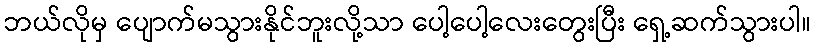
ဘယ်လိုမှ ပျောက်မသွားနိုင်ဘူးလို့သာ ပေါ့ပေါ့လေးတွေးပြီး ရှေ့ဆက်သွားပါ။